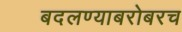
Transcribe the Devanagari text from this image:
बदलण्याबरोबरच